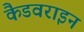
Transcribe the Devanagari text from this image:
कैडवराइन